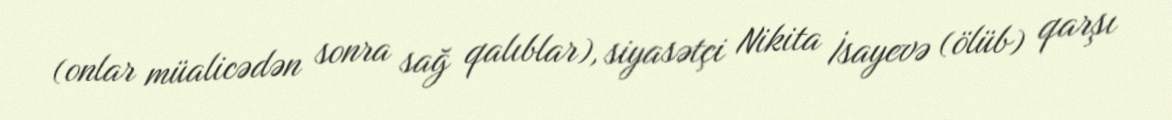
(onlar müalicədən sonra sağ qalıblar), siyasətçi Nikita İsayevə (ölüb) qarşı